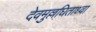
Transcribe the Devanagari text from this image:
देवमुल्लघिताध्वा